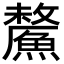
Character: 𩺸